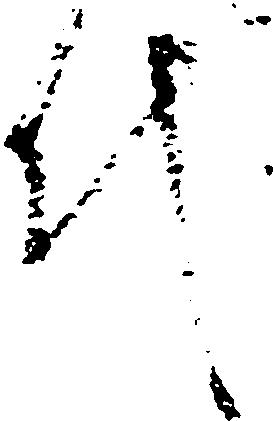
代